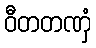
ဝီတတဏှံ